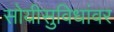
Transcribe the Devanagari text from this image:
सोयीसुविधांवर